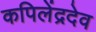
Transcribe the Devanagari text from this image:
कपिलेंद्रदेव